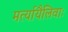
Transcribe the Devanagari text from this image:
मर्त्यायैलिवाः